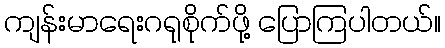
ကျန်းမာရေးဂရုစိုက်ဖို့ ပြောကြပါတယ်။